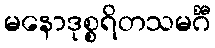
မနောဒုစ္စရိတသမင်္ဂီ